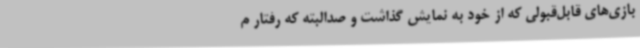
بازی‌های قابل‌قبولی که از خود به نمایش گذاشت و صدالبته که رفتار م